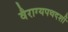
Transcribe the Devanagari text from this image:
वैराग्यपथदर्शी